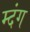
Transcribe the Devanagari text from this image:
म्दंग